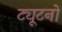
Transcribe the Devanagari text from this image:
ट्यूटनों